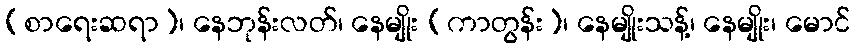
(စာရေးဆရာ)၊ နေဘုန်းလတ်၊ နေမျိုး (ကာတွန်း)၊ နေမျိုးသန့်၊ နေမျိုး၊ မောင်